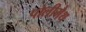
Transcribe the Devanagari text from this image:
पोलीमैथ